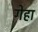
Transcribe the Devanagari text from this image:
गेहा